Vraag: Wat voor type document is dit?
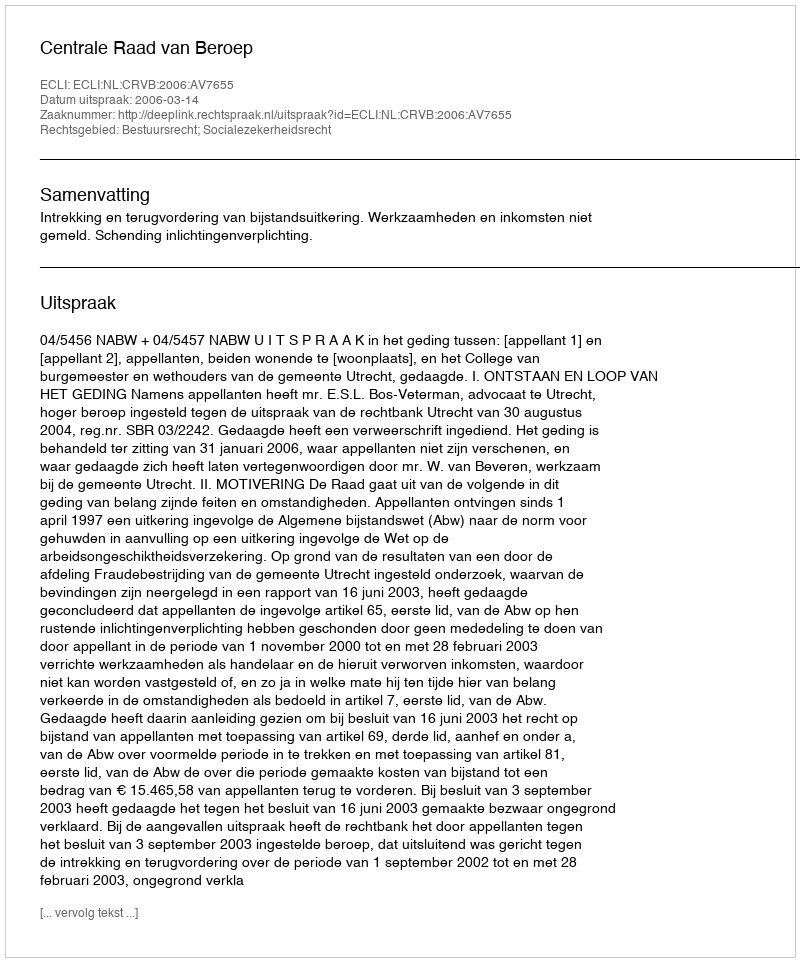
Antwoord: Uitspraak